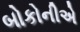
બોકોનીએ